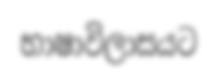
භාෂාවිලාසයට